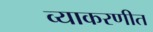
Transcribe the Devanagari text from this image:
व्याकरणीत